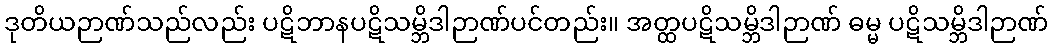
ဒုတိယဉာဏ်သည်လည်း ပဋိဘာနပဋိသမ္ဘိဒါဉာဏ်ပင်တည်း။ အတ္ထပဋိသမ္ဘိဒါဉာဏ် ဓမ္မ ပဋိသမ္ဘိဒါဉာဏ်